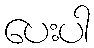
ပေးပါ